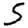
Digit: 5